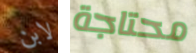
لابن محتاجة